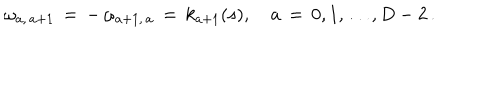
\omega _ { a , \, a + 1 } \, = \, - \, \omega _ { a + 1 , \, a } \, = \, k _ { a + 1 } ( s ) , \quad a \, = \, 0 , 1 , \ldots , D - 2 \, { . }